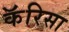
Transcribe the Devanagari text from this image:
कॅरिसा